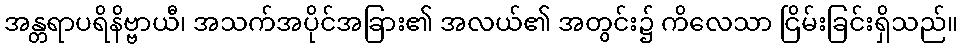
အန္တရာပရိနိဗ္ဗာယီ၊ အသက်အပိုင်အခြား၏ အလယ်၏ အတွင်း၌ ကိလေသာ ငြိမ်းခြင်းရှိသည်။